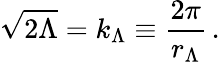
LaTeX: \sqrt{2\Lambda}=k_{\Lambda}\equiv\frac{2\pi}{r_{\Lambda}}\, .